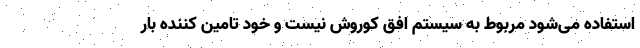
استفاده می‌شود مربوط به سیستم افق کوروش نیست و خود تامین کننده بار